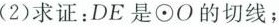
(2)求证：DE是\odot O的切线；